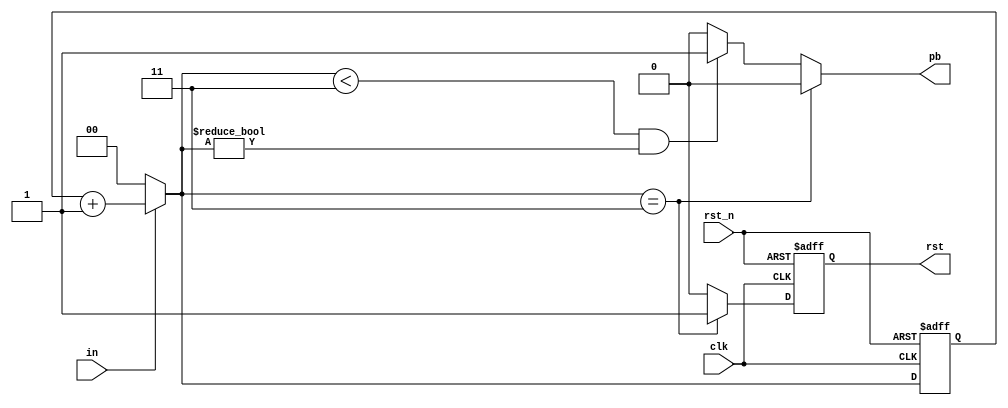
`timescale 1ns / 1ps
//////////////////////////////////////////////////////////////////////////////////
// Company: 
// Engineer: 
// 
// Design Name: 
// Module Name: counter
// Project Name: 
// Target Devices: 
// Tool Versions: 
// Description: 
// 
// Dependencies: 
// 
// Revision:
// Revision 0.01 - File Created
// Additional Comments:
// 
//////////////////////////////////////////////////////////////////////////////////


module counter(
    clk,
    in,
    pb,
    rst,
    rst_n
);
output pb, rst;
input in, clk, rst_n;
reg [1:0]out;
reg [1:0]tmp_cnt;
reg tmp_rst;
reg tmp_pb;
reg tmp_enable;
reg pb, rst;

always@*
    if (in)
        tmp_cnt = out + 1'b1;
    else
        tmp_cnt = 0;

always@*
    if (tmp_cnt == 3) begin
        pb = 0;
        tmp_rst = 1;
    end
    else if (tmp_cnt < 3 && tmp_cnt != 0) begin
        pb = 1;
        tmp_rst = 0;
    end
    else begin
        pb = 0;
        tmp_rst = 0;
    end

always @(posedge clk or negedge rst_n)
    if (~rst_n) begin
        out <= 0;
        rst <= 0;
     end
     else begin
        out <= tmp_cnt;
        rst <= tmp_rst;
     end

endmodule